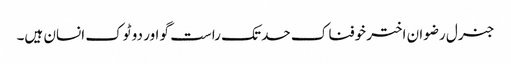
جنرل رضوان اختر خوفناک حد تک راست گو اور دو ٹوک انسان ہیں۔